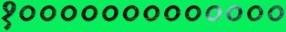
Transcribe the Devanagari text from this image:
१०००००००००००००